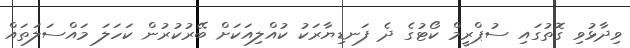
ވިދާޅުވި ގޮތުގައި ސުޕްރީމް ކޯޓުގެ ދެ ފަނޑިޔާރަކު ކުއްލިއަކަށް ބޭރުކުރުން ކަހަލަ މައްސަލަތައް